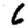
Digit: 6